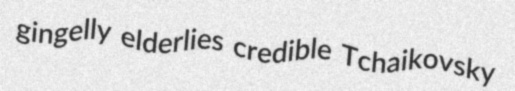
gingelly elderlies credible Tchaikovsky